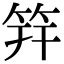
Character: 笄